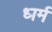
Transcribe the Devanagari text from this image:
ध्‍ार्म